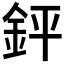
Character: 𨥾